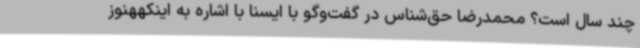
چند سال است؟ محمدرضا حق‌شناس در گفت‌وگو با ایسنا با اشاره به اینکههنوز